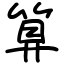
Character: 算